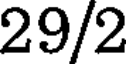
29/2